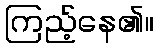
ကြည့်နေ၏။